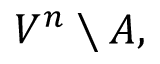
V ^ { n } \setminus A ,